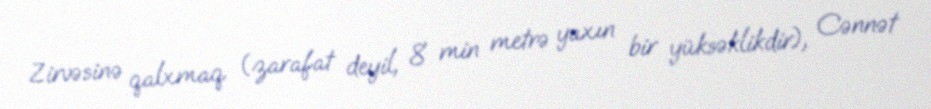
Zirvəsinə qalxmaq (zarafat deyil, 8 min metrə yaxın bir yüksəklikdir), Cənnət